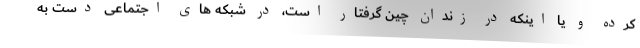
کرده و یا اینکه در زندان چین گرفتار است، در شبکه های اجتماعی دست به